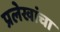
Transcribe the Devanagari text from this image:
प्रलेखांचा